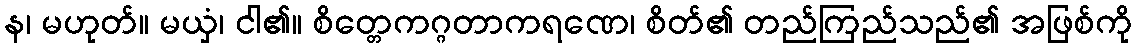
န၊ မဟုတ်။ မယှံ၊ ငါ၏။ စိတ္တေကဂ္ဂတာကရဏေ၊ စိတ်၏ တည်ကြည်သည်၏ အဖြစ်ကို